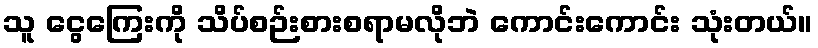
သူ ငွေကြေးကို သိပ်စဉ်းစားစရာမလိုဘဲ ကောင်းကောင်း သုံးတယ်။